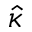
\hat { \kappa }